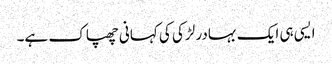
ایسی ہی ایک بہادر لڑکی کی کہانی چھپاک ہے۔